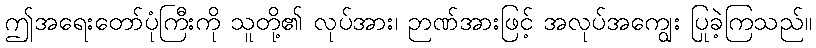
ဤအရေးတော်ပုံကြီးကို သူတို့၏ လုပ်အား၊ ဉာဏ်အားဖြင့် အလုပ်အကျွေး ပြုခဲ့ကြသည်။